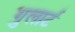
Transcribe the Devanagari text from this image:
गुलार्ट